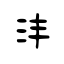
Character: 沣